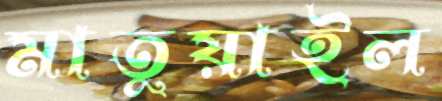
মাতুয়াইল